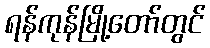
ရန်ကုန်မြို့တော်တွင်